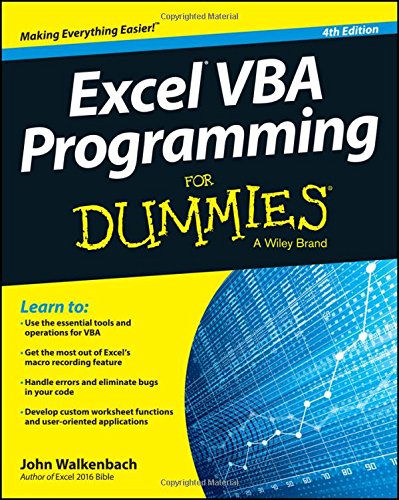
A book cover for Excel VBA Programming For Dummies; John Walkenbach; Computers & Technology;